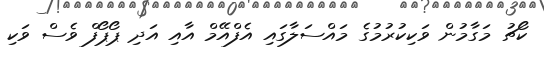
ކޯޗު މަގާމުން ވަކިކުރުމުގެ މައްސަލާގައި އެފްއޭމް އާއި އަދި ޕޯޕޯފް ވެސް ވަކި